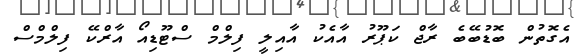
އެގޮތުން ބޮޑުބޭބެ ރާޖް ކަޕޫރު އާއެކު އާއިލީ ފިލްމް ސްޓޫޑިއޯ އާރްކޭ ފިލްމްސް